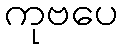
ကုဗပေ